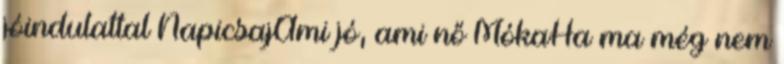
jóindulattal NapicsajAmi jó, ami nő MókaHa ma még nem